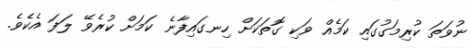
ނުވަތަ ކުރިމަގުގައި ކަމެއް ވަކި ގޮތަކަށް ހިނގައިފާނެ ކަމަށް ކުރެވޭ ލަފަ އެކެވެ.